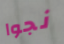
نجوا